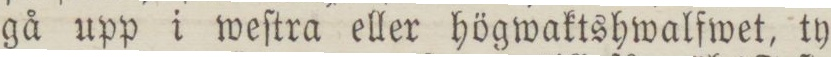
gå upp i weſtra eller högwaktshwalfwet, ty